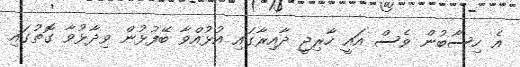
އެ ހިސާބުން ވެސް އައީ ހާރިޖީ ދާއިރާގައި އުޅުއްވާ ބޭފުޅުން ވިދާޅުވާ ގޮތުގައި